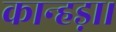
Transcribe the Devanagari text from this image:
कान्हड़ा।